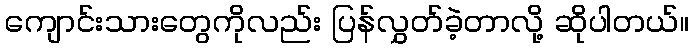
ကျောင်းသားတွေကိုလည်း ပြန်လွှတ်ခဲ့တာလို့ ဆိုပါတယ်။